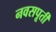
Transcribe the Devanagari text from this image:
नवसपूर्ती